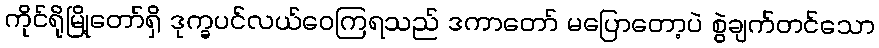
ကိုင်ရိုမြို့တော်ရှိ ဒုက္ခပင်လယ်ဝေကြရသည် ဒကာတော် မပြောတော့ပဲ စွဲချက်တင်သော